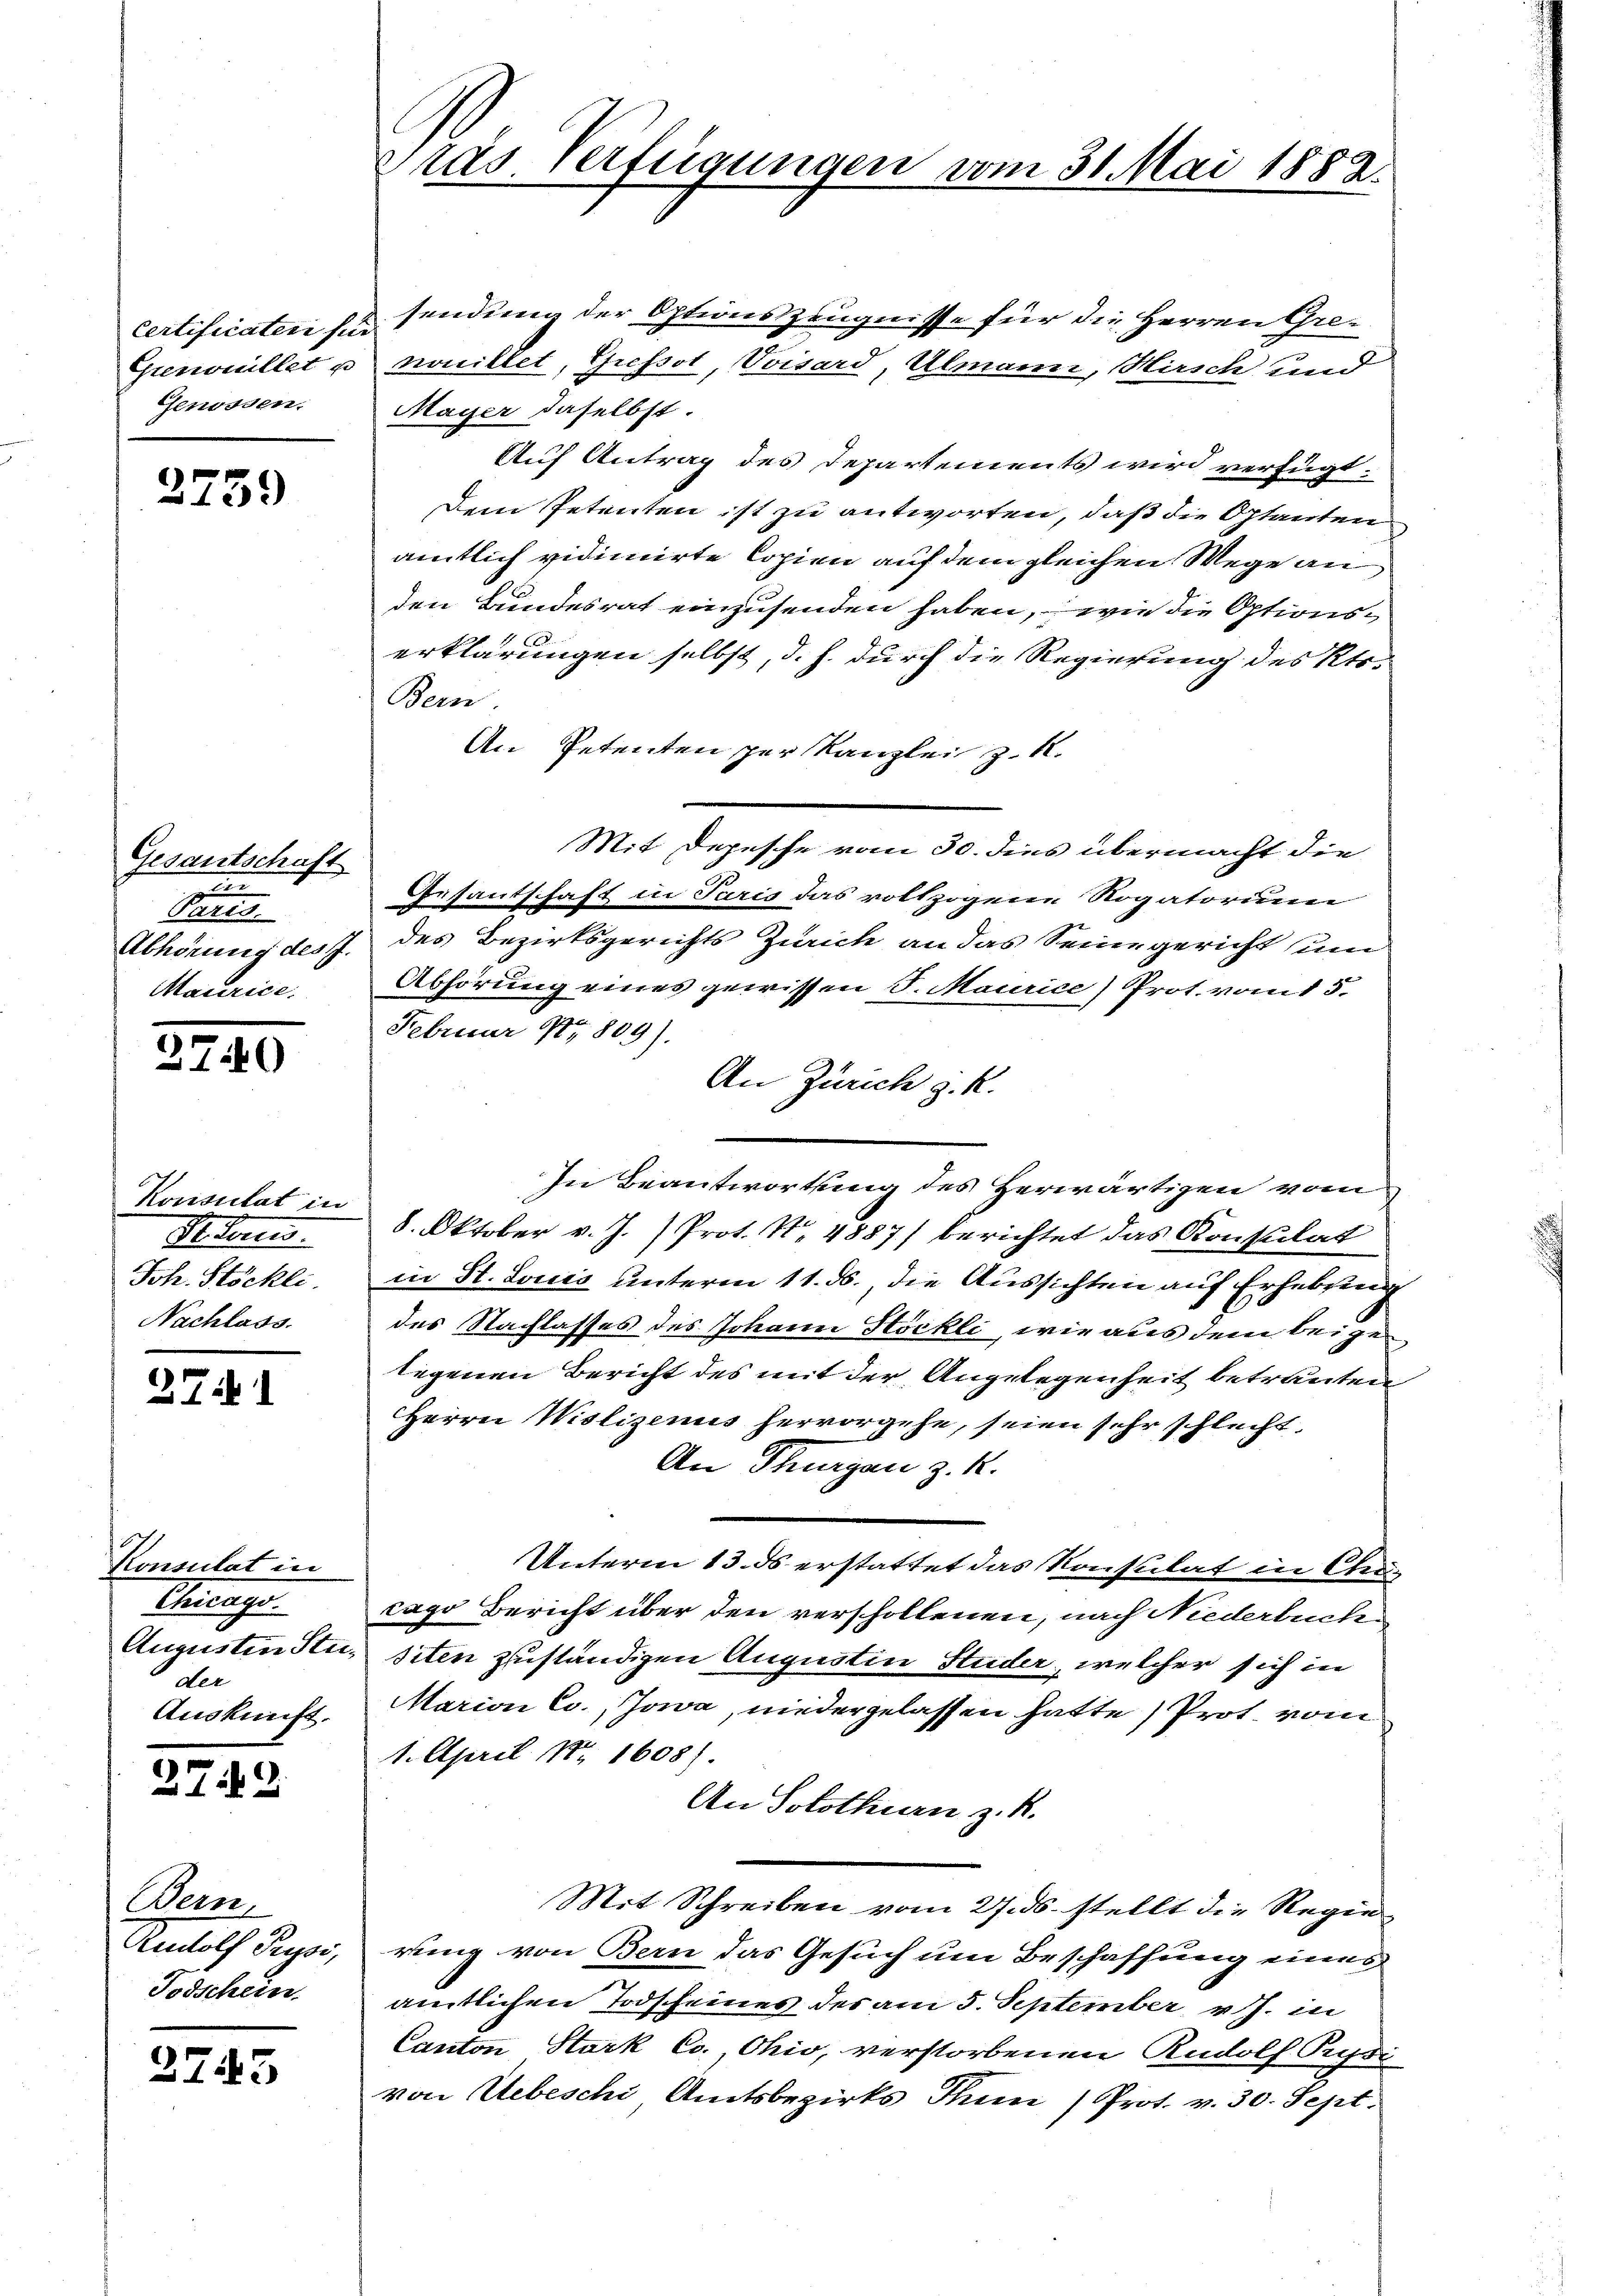
Certificateri für
Grenonillet u.
Genossen.

2759

Gesantschaft
.
Paris
Abhörung des J.
Maurice.

27.10

Konsulat in
Schrei
Joh. Stöckli
Nachlass.

274

Konsulat in
Chicago.
Augusten Steider
Auskunft.

279.

Wein,
Rudolf Puysi,
Todschein

2745

Präs. Verfügungen vom 31. Mai 1882.

sendung der Optionszeugnisse für die Herren Grenouillet, Grefsot, Voisard, Ulmann, Hirsch und
Mayer daselbst.
Auf Antrag des Departements wird verfügt:
Dem Petenten ist zu antworten, daß die Optanten
amtlich vidimirte Copien auf dem gleichen Wege an
den Bundesrat einzusenden haben, wie die Optionserklärungen selbst, d. h. durch die Regierung des Kts.
Bern
An Petenten per Kanzlei z. R.
Mit Depesche vom 30. dies übermacht die
Gesantschaft in Paris das vollzogene Rogatorum
des Bezirksgerichts Zürich an das Seine gericht um
Abhörung eines gewissen S. Maurice) Prot. vom 15.
Februar 1809).
An Zürich z. R.
In Beantwortung des Herwärtigen vom
8. Oktober v. J. Prot. N. 4887) berichtet das Konsulat
in St. Louis unterm 11. ds., die Aussichten auf Erhebung
des Nachlasses des Johann Höckli, wie aus dem beigelegenen Bericht des mit der Angelegenheit betrauten
Herrn Wiolizenus hervorgehe, seien sehr schlecht,
An Thurgau z. R.
Unterm 13. ds erstattet das Konsulat in Cencago Bericht über den verscholtenen, nach Niederbuche
siten zuständigen Augustin Studer, welcher sich in
Marian Co., Jowa, niedergelassen hatte, Prot vom
1. April Nr 1608).
An Solothurn z. R.
Mit Schreiben vom 27. ds. stellt die Regierung von Bern das Gesuch um Beschaffung eines
amtlichen Todscheines des am 3. September, v. J. in
Canton Stark Co., Ohio, verstorbenen Rudolf Pusi
von Uebeschi Amtsbezirks Tun ) Prot. v. 30. Sept.